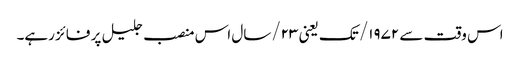
اس وقت سے ۱۹۷۲/ تک یعنی ۲۳/سال اس منصب جلیل پر فائز رہے۔